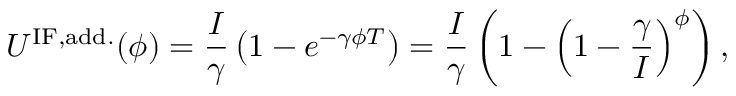
U ^ { \mathrm { I F , a d d . } } ( \phi ) = \frac { I } { \gamma } \left( 1 - e ^ { - \gamma \phi T } \right) = \frac { I } { \gamma } \left( 1 - \left( 1 - \frac { \gamma } { I } \right) ^ { \phi } \right) ,